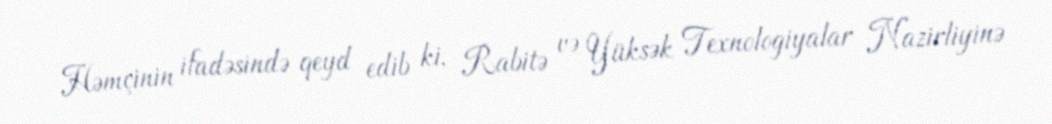
Həmçinin ifadəsində qeyd edib ki, Rabitə və Yüksək Texnologiyalar Nazirliyinə